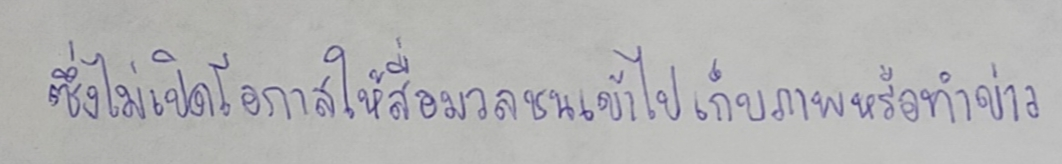
ซึ่งไม่เปิดโอกาสให้สื่อมวลชนเข้าไปเก็บภาพหรือทำข่าว